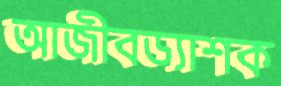
আজীবড্যাশক